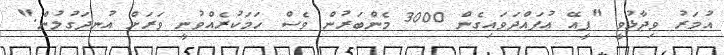
އުމަރު ވިދާޅުވީ "ޕީއޭ އުފައްދަވައިގެން 3000 މެންބަރުން ވެސް ހަމަކުރެއްވުނީ ވަރަށް އުނދަގުލުން."